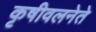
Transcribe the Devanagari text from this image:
कृषीवलनेते